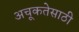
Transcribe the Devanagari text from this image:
अचूकतेसाठी